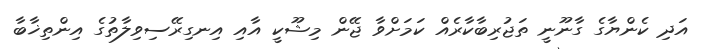
އަދި ކެންޔާގެ ގާނޫނީ ތަޖުރިބާކާރެއް ކަމަށްވާ ޖޭން މިޝޫކީ އާއި އިނގިރޭސިވިލާތުގެ އިންތިޚާބާ